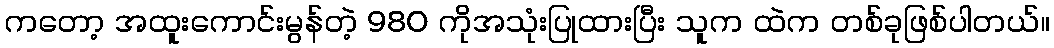
ကတော့ အထူးကောင်းမွန်တဲ့ 980 ကိုအသုံးပြုထားပြီး သူက ထဲက တစ်ခုဖြစ်ပါတယ်။